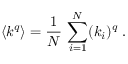
\langle k ^ { q } \rangle = \frac { 1 } { N } \, \sum _ { i = 1 } ^ { N } ( k _ { i } ) ^ { q } \; .